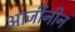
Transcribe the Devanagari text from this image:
आर्जीनीन